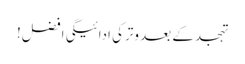
تہجد کے بعد وترکی ادائیگی افضل!